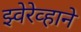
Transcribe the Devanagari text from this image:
झ्वेरेव्हाने